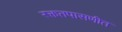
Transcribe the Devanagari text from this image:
रक्ततपासणीत